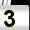
Digit: 3